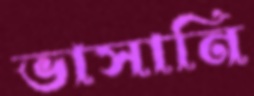
ভাসানি